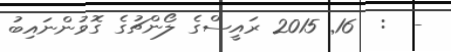
-  :  16